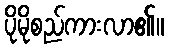
ပိုမိုစည်ကားလာ၏။